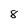
Character: 8